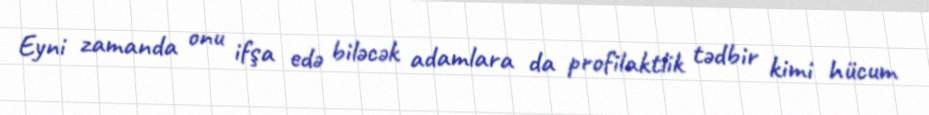
Eyni zamanda onu ifşa edə biləcək adamlara da profilaktlik tədbir kimi hücum